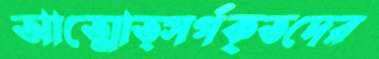
আত্মোত্সর্গকৃতদের